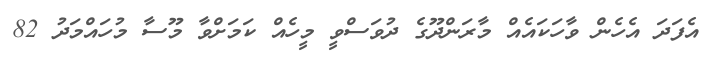
އެފަދަ އެހެން ވާހަކައެއް މާރަންދޫގެ ދުވަސްވީ މީހެއް ކަމަށްވާ މޫސާ މުހައްމަދު 82